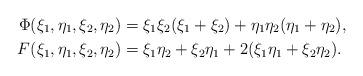
LaTeX: \begin{align*}\Phi (\xi_1, \eta_1, \xi_2 ,\eta_2) & = \xi_1 \xi_2(\xi_1 + \xi_2) + \eta_1 \eta_2 (\eta_1 + \eta_2), \\F (\xi_1, \eta_1, \xi_2 ,\eta_2) & = \xi_1 \eta_2 + \xi_2 \eta_1 + 2 (\xi_1 \eta_1 + \xi_2 \eta_2).\end{align*}